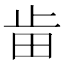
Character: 𣥤